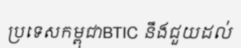
ប្រទេសកម្ពុជាBTIC នឹងជួយដល់